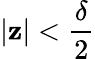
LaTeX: |\mathbf{z}|<\frac{{\delta}}{{2}}